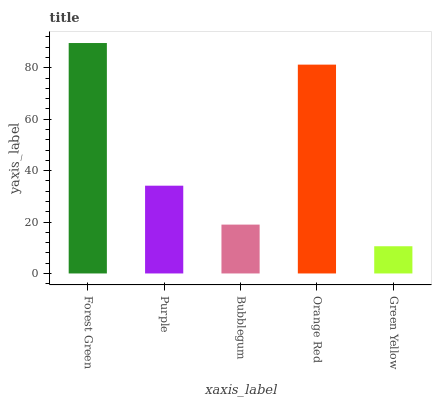
| xaxis_label | bars |
 | --- | --- |
 | Forest Green | 89.6 |
 | Purple | 34.1 |
 | Bubblegum | 19 |
 | Orange Red | 81.2 |
 | Green Yellow | 10.6 |